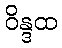
ဝိန္ဒထ